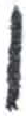
אות: ו